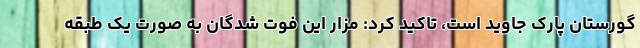
گورستان پارک جاوید است، تاکید کرد: مزار این فوت شدگان به صورت یک طبقه